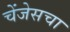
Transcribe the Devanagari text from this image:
चेंजेसचा